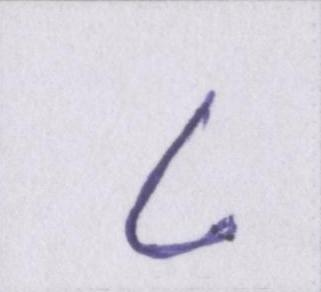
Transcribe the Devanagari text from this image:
८